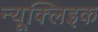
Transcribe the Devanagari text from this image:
न्यूक्लिइक